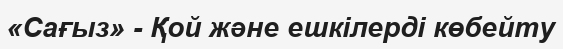
«Сағыз» - Қой және ешкілерді көбейту